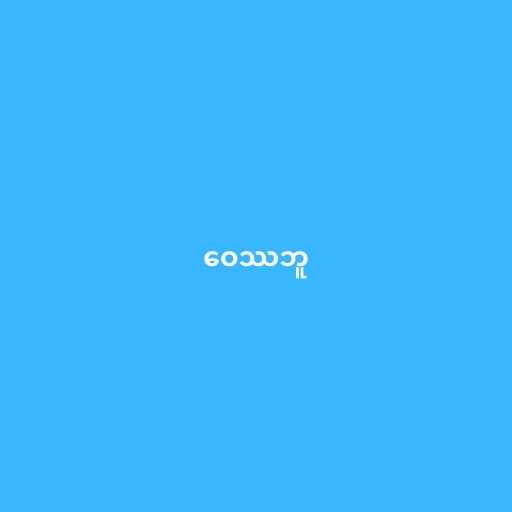
ဝေဿဘူ